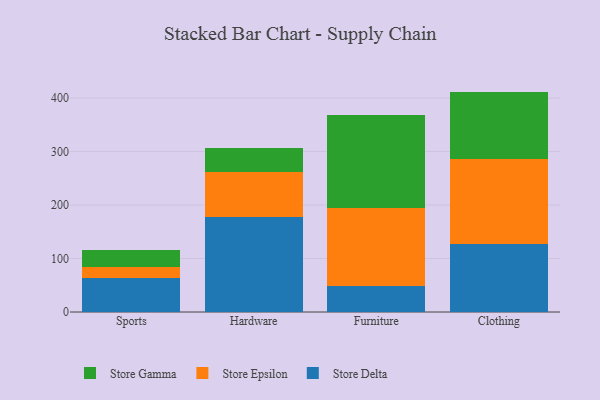
{"axis": {"x": "Category", "y": "Inventory Turnover"}, "legend": ["Store Delta", "Store Epsilon", "Store Gamma"], "data": [{"x": "Sports", "y": 63.4, "type": "Store Delta"}, {"x": "Sports", "y": 20.5, "type": "Store Epsilon"}, {"x": "Sports", "y": 31.5, "type": "Store Gamma"}, {"x": "Hardware", "y": 177.5, "type": "Store Delta"}, {"x": "Hardware", "y": 83.9, "type": "Store Epsilon"}, {"x": "Hardware", "y": 45.6, "type": "Store Gamma"}, {"x": "Furniture", "y": 49.3, "type": "Store Delta"}, {"x": "Furniture", "y": 146.1, "type": "Store Epsilon"}, {"x": "Furniture", "y": 173.4, "type": "Store Gamma"}, {"x": "Clothing", "y": 126.9, "type": "Store Delta"}, {"x": "Clothing", "y": 159.4, "type": "Store Epsilon"}, {"x": "Clothing", "y": 125.9, "type": "Store Gamma"}]}